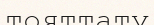
тояттату